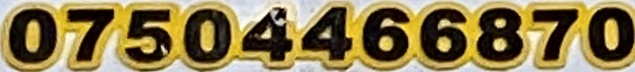
07504466870